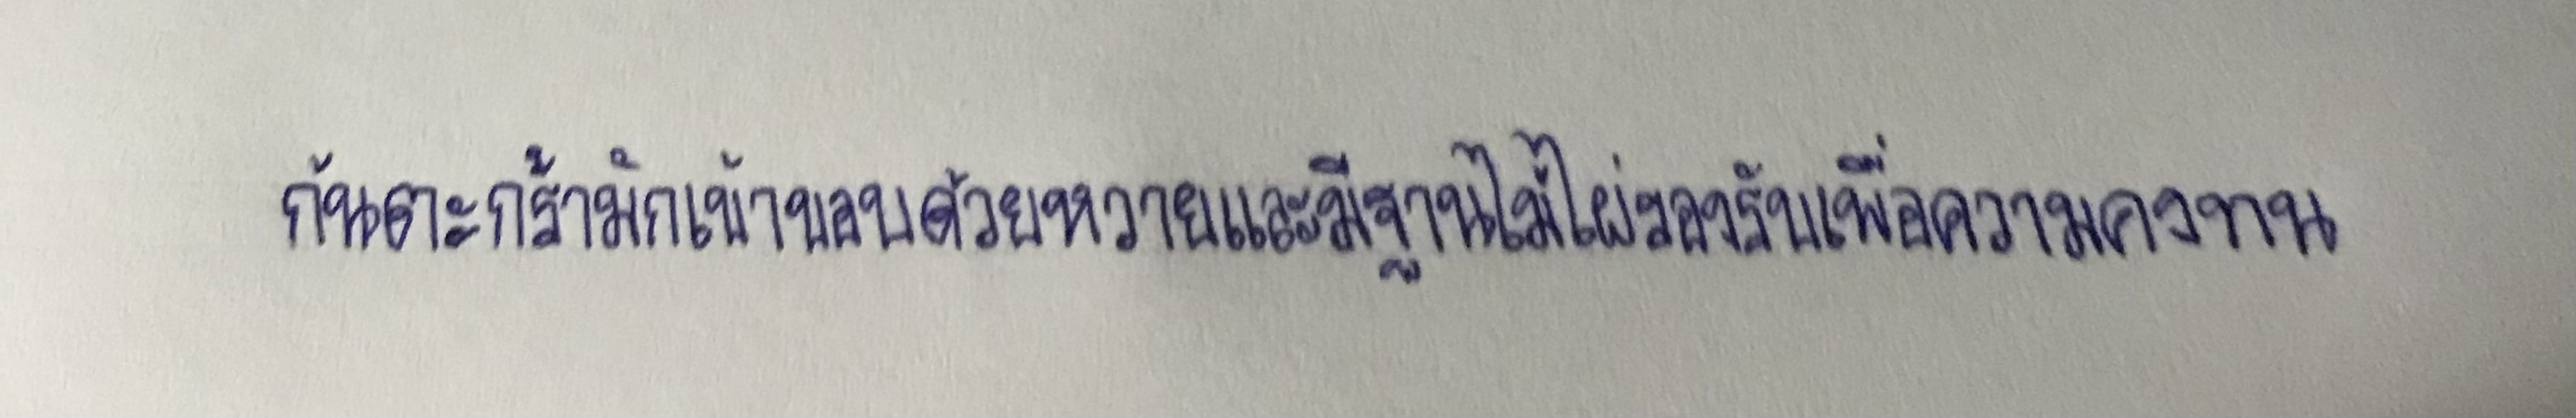
ก้นตะกร้ามักเข้าขอบด้วยหวายและมีฐานไม้ไผ่รองรับเพื่อความคงทน